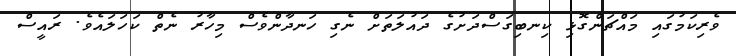
ވެރިކަމުގައި މައްޗަންގޮޅި ކިނބިގަސްދަށުގެ ދައުލަތަށް ނެގި ހަނދާންވެސް މިހާރު ނެތް ކަހަލައެވެ. ރައީސް